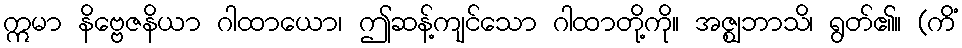
ဣမာ နိဗ္ဗေဇနိယာ ဂါထာယော၊ ဤဆန့်ကျင်သော ဂါထာတို့ကို။ အဇ္ဈဘာသိ၊ ရွတ်၏။ (ကိံ